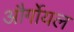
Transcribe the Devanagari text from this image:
और्गोयल